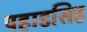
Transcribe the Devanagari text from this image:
पहाडसिह